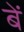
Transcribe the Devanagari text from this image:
बें